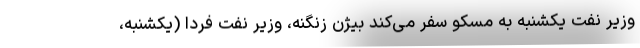
وزیر نفت یکشنبه به مسکو سفر می‌کند بیژن زنگنه، وزیر نفت فردا (یکشنبه،